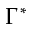
\Gamma ^ { * }